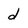
Character: d